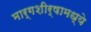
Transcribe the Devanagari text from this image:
मार्गशीर्षामध्ये